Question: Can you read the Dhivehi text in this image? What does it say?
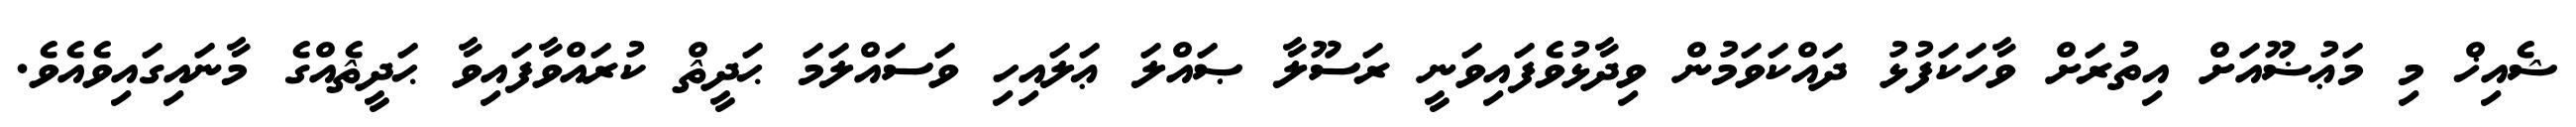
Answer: ޝެއިޚް މި މަޢުޟޫއަށް އިތުރަށް ވާހަކަފުޅު ދައްކަވަމުން ވިދާޅުވެފައިވަނީ ރަސޫލާ ޞައްލަ ޢަލައިހި ވަސައްލަމަ ޙަދީޘް ކުރައްވާފައިވާ ޙަދީޘެއްގެ މާނައިގައިވެއެވެ.